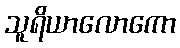
သူရိယာလောကော